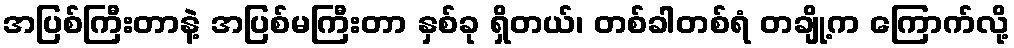
အပြစ်ကြီးတာနဲ့ အပြစ်မကြီးတာ နှစ်ခု ရှိတယ်၊ တစ်ခါတစ်ရံ တချို့က ကြောက်လို့